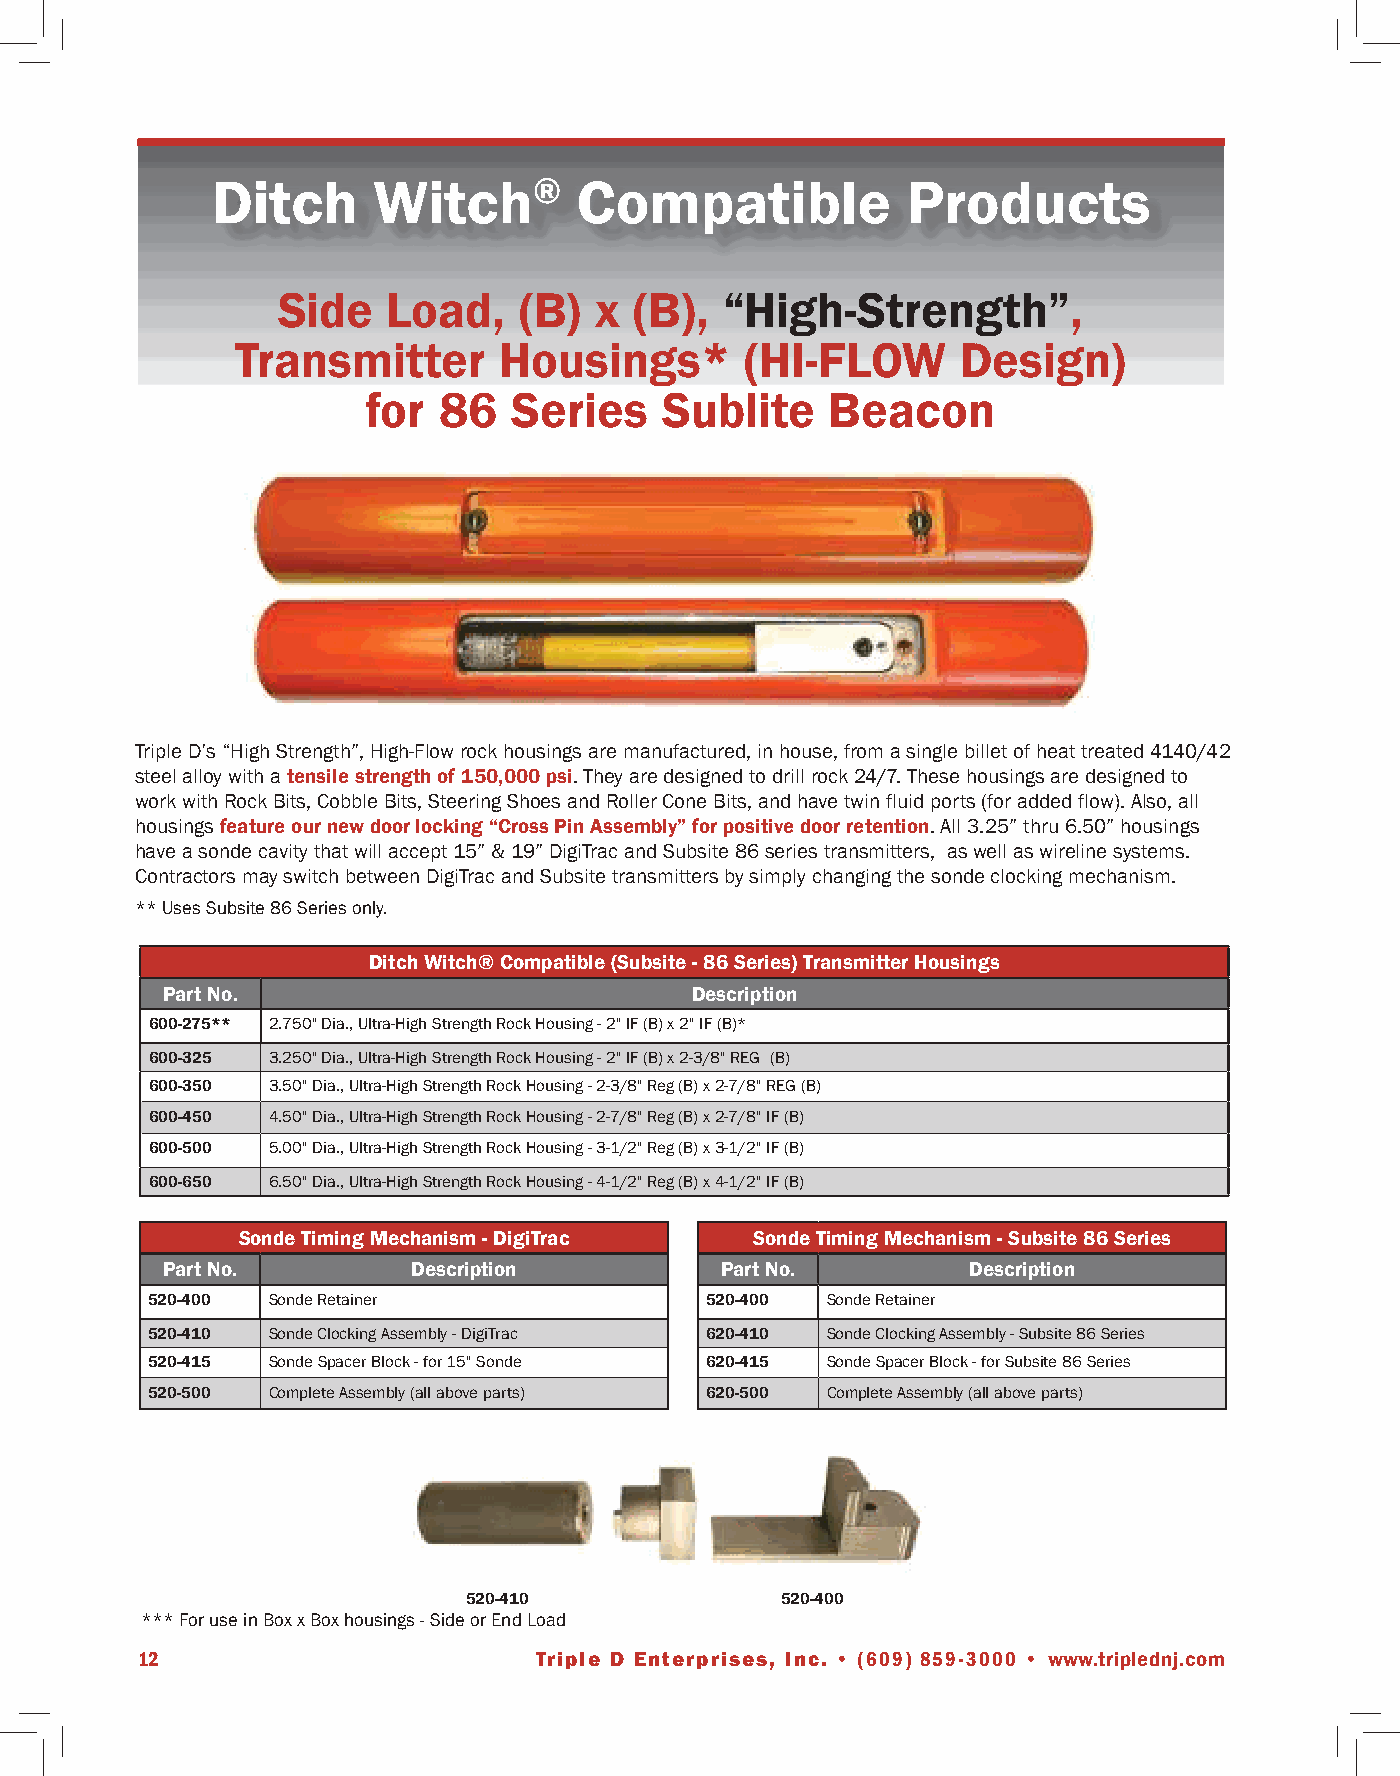
Ditch      Witch®       Compatible            Products
 Side    Load,   (B)  x  (B),  “High-Strength”,
 Transmitter      Housings*       (HI-FLOW       Design)
 for  86   Series    Sublite    Beacon
 Triple D’s “High Strength”, High-Flow rock housings are manufactured, in house, from a single billet of heat treated 4140/42
 steel alloy with a tensile strength of 150,000 psi. They are designed to drill rock 24/7. These housings are designed to
 work with Rock Bits, Cobble Bits, Steering Shoes and Roller Cone Bits, and have twin fluid ports (for added flow). Also, all
 housings feature our new door locking “Cross Pin Assembly” for positive door retention. All 3.25” thru 6.50” housings
 have a sonde cavity that will accept 15” & 19” DigiTrac and Subsite 86 series transmitters, as well as wireline systems.
 Contractors may switch between DigiTrac and Subsite transmitters by simply changing the sonde clocking mechanism.
 ** Uses Subsite 86 Series only.
 Ditch Witch® Compatible (Subsite - 86 Series) Transmitter Housings
 Part No.                           Description
 600-275** 2.750" Dia., Ultra-High Strength Rock Housing - 2" IF (B) x 2" IF (B)*
 600-325 3.250" Dia., Ultra-High Strength Rock Housing - 2" IF (B) x 2-3/8" REG (B)
 600-350 3.50" Dia., Ultra-High Strength Rock Housing - 2-3/8" Reg (B) x 2-7/8" REG (B)
 600-450 4.50" Dia., Ultra-High Strength Rock Housing - 2-7/8" Reg (B) x 2-7/8" IF (B)
 600-500 5.00" Dia., Ultra-High Strength Rock Housing - 3-1/2" Reg (B) x 3-1/2" IF (B)
 600-650 6.50" Dia., Ultra-High Strength Rock Housing - 4-1/2" Reg (B) x 4-1/2" IF (B)
 Sonde Timing Mechanism - DigiTrac Sonde Timing Mechanism - Subsite 86 Series
 Part No.        Description          Part No.        Description
 520-400 Sonde Retainer               520-400 Sonde Retainer
 520-410 Sonde Clocking Assembly - DigiTrac 620-410 Sonde Clocking Assembly - Subsite 86 Series
 520-415 Sonde Spacer Block - for 15" Sonde 620-415 Sonde Spacer Block - for Subsite 86 Series
 520-500 Complete Assembly (all above parts) 620-500 Complete Assembly (all above parts)
 520-410              520-400
 *** For use in Box x Box housings - Side or End Load
 12                        Triple D Enterprises, Inc. • (609) 859-3000 • www.triplednj.com